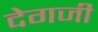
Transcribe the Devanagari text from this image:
देगजी